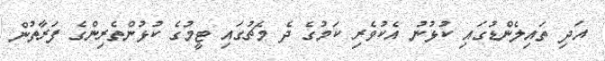
އަދި ތައިލެންޑުގައި ކުޅުނު އެކުވެރި ކަމުގެ ދެ މެޗުގައި ޓީމުގެ ކުޅުންތެރިންގެ ފަރާތުން